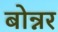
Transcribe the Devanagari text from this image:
बोन्नर